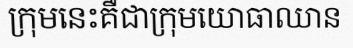
ក្រុមនេះគឺជាក្រុមយោធាឈាន